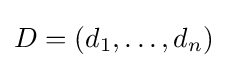
D=(d_{1},\ldots ,d_{n})